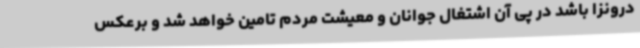
درونزا باشد در پی آن اشتغال جوانان و معیشت مردم تامین خواهد شد و برعکس